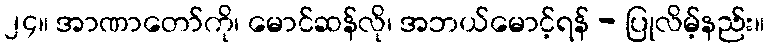
၂၄။ အာဏာတော်ကို၊ မောင်ဆန်လို၊ အဘယ်မောင့်ရန် - ပြုလိမ့်နည်း။